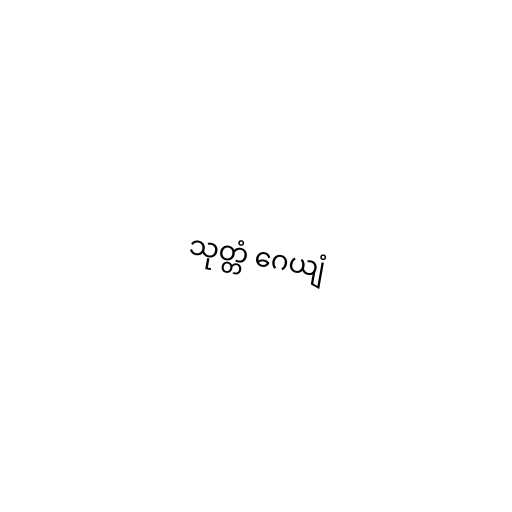
သုတ္တံ ဂေယျံ